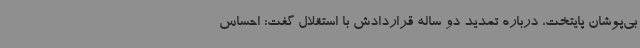
بی‌پوشان پایتخت، درباره تمدید دو ساله قراردادش با استقلال گفت: احساس